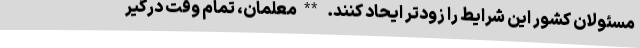
مسئولان کشور این شرایط را زودتر ایحاد کنند. **معلمان، تمام وقت درگیر